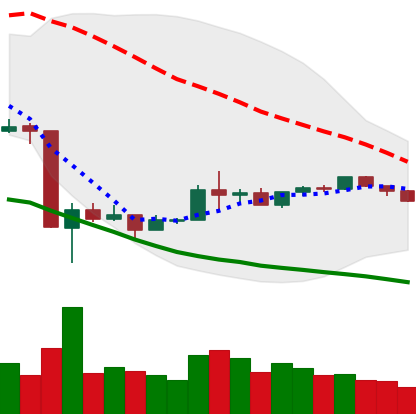
Ticker: BNB-USD
Chart end date: 2020-03-29
Forward return: 16.884%
Label: up_7plus